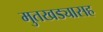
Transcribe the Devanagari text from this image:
मुतखड्यासह